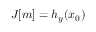
J [ \boldsymbol { m } ] = h _ { y } ( \boldsymbol { x } _ { 0 } )